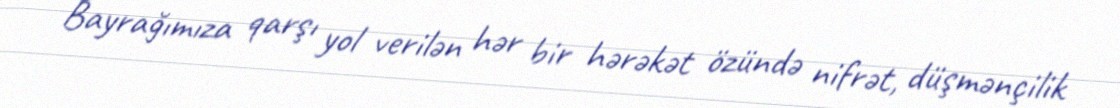
Bayrağımıza qarşı yol verilən hər bir hərəkət özündə nifrət, düşmənçilik